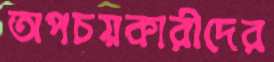
অপচয়কারীদের